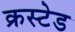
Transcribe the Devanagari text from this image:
क्रस्टेड